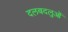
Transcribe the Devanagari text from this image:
दलबदलुओं